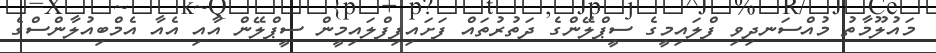
މައުލޫމާތު މުއްސަނދިވި ފްލައިމީގެ ސީޕްލޭންގެ ދަތުރުތައް ފަށައިފިފްލައިމީން ސީޕްލޭން އާއި އެއާ އެމްބިއުލާންސްގެ